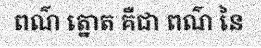
ពណ៌ ត្នោត គឺជា ពណ៌ នៃ